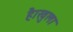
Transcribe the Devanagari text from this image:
है।खुला